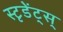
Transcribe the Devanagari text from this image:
स्टृडेंट्स्